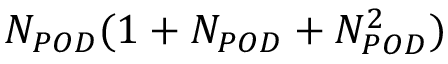
N _ { P O D } ( 1 + N _ { P O D } + N _ { P O D } ^ { 2 } )